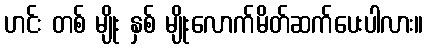
ဟင်း တစ် မျိုး နှစ် မျိုးလောက်မိတ်ဆက်ပေးပါလား။